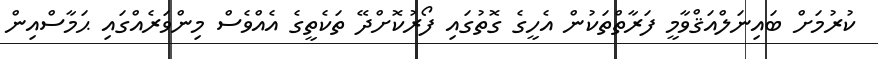
ކުރުމަށް ބައިނަލްއަޤްވާމީ ފަރާތްތަކުން އެހީގެ ގޮތުގައި ފޯރުކޮށްދޭ ތަކެތީގެ އެއްވެސް މިންވަރެއްގައި ޙަމާސްއިން